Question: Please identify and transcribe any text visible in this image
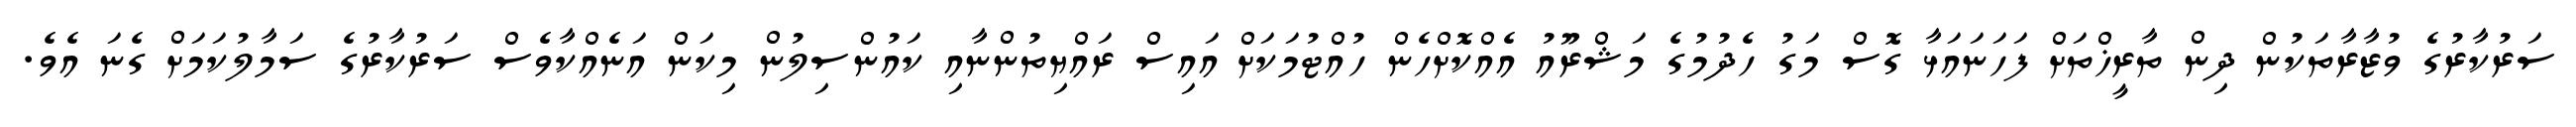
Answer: ސަރުކާރުގެ ވުޒާރާތަކުން ދިން ތާރީޚްތަށް ފަހަނައަޅާ ގޮސް މަގު ހެދުމުގެ މަޝްރޫއު އެއްކޮށްހެން ހުއްޓުމަކަށް އައިސް ރައްޔިތުންނާއި ކައުންސިލުން މިކަން އަނެއްކާވެސް ސަރުކާރުގެ ސަމާލުކަމަށް ގެނަ އެވެ.